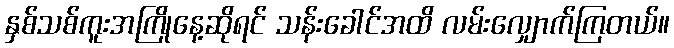
နှစ်သစ်ကူးအကြိုနေ့ဆိုရင် သန်းခေါင်အထိ လမ်းလျှောက်ကြတယ်။